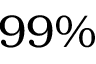
9 9 \%